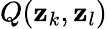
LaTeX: Q(\mathbf{z}_{k},\mathbf{z}_{l})